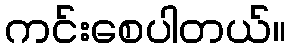
ကင်းစေပါတယ်။